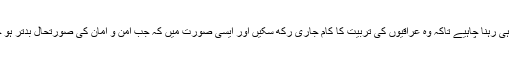
لیکن کوئی ۵۰ ہزار کی تعداد کو عراق میں ہی رہنا چاہیے تاکہ وہ عراقیوں کی تربیت کا کام جاری رکھ سکیں اور ایسی صورت میں کہ جب امن و امان کی صورتحال بدتر ہو جائے تو پھر وہ جنگ میں شریک ہو سکیں۔